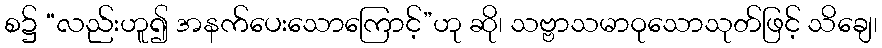
စ၌ “လည်းဟူ၍ အနက်ပေးသောကြောင့်”ဟု ဆို၊ သဗ္ဗာသမာဝုသောသုတ်ဖြင့် သိချေ၊